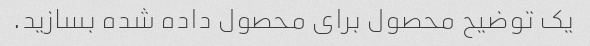
یک توضیح محصول برای محصول داده شده بسازید.